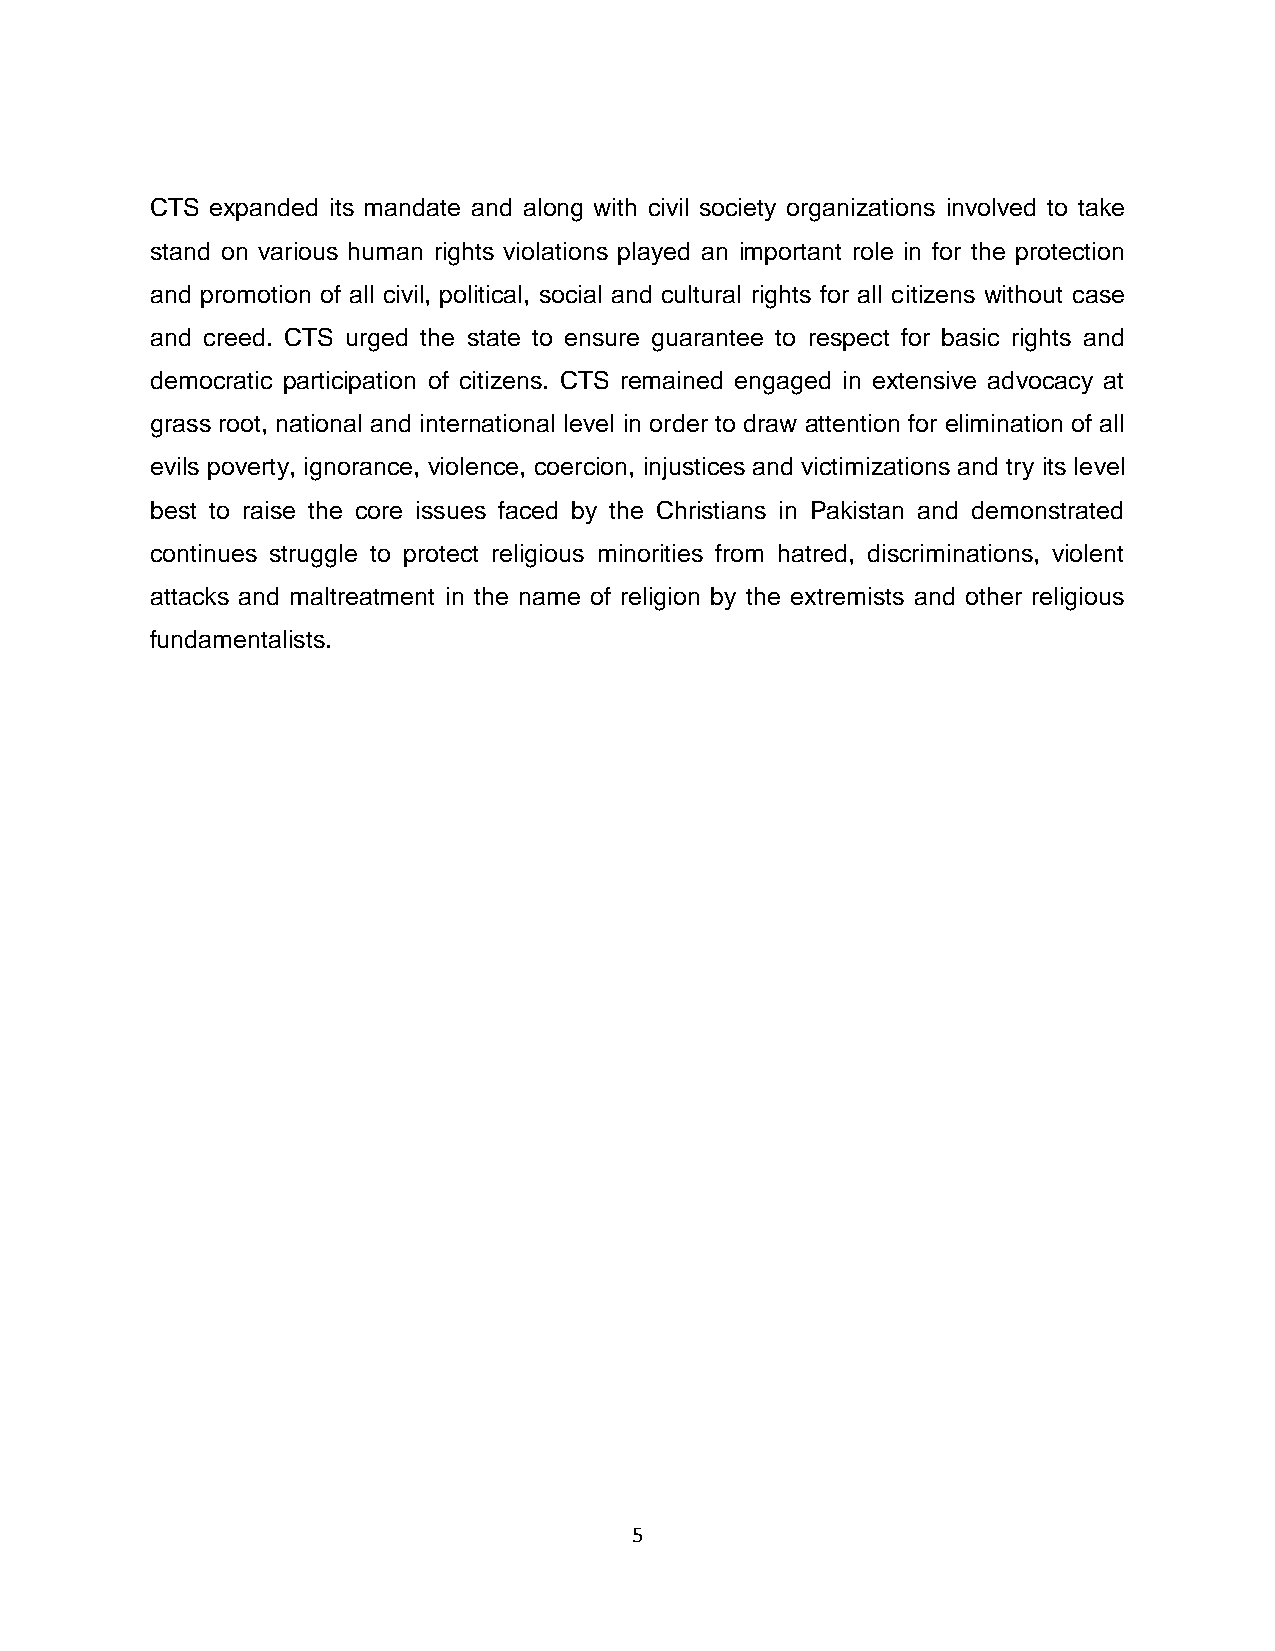
CTS expanded its mandate and along with civil society organizations involved to take
 stand on various human rights violations played an important role in for the protection
 and promotion of all civil, political, social and cultural rights for all citizens without case
 and creed. CTS urged the state to ensure guarantee to respect for basic rights and
 democratic participation of citizens. CTS remained engaged in extensive advocacy at
 grass root, national and international level in order to draw attention for elimination of all
 evils poverty, ignorance, violence, coercion, injustices and victimizations and try its level
 best to raise the core issues faced by the Christians in Pakistan and demonstrated
 continues struggle to protect religious minorities from hatred, discriminations, violent
 attacks and maltreatment in the name of religion by the extremists and other religious
 fundamentalists.
 5